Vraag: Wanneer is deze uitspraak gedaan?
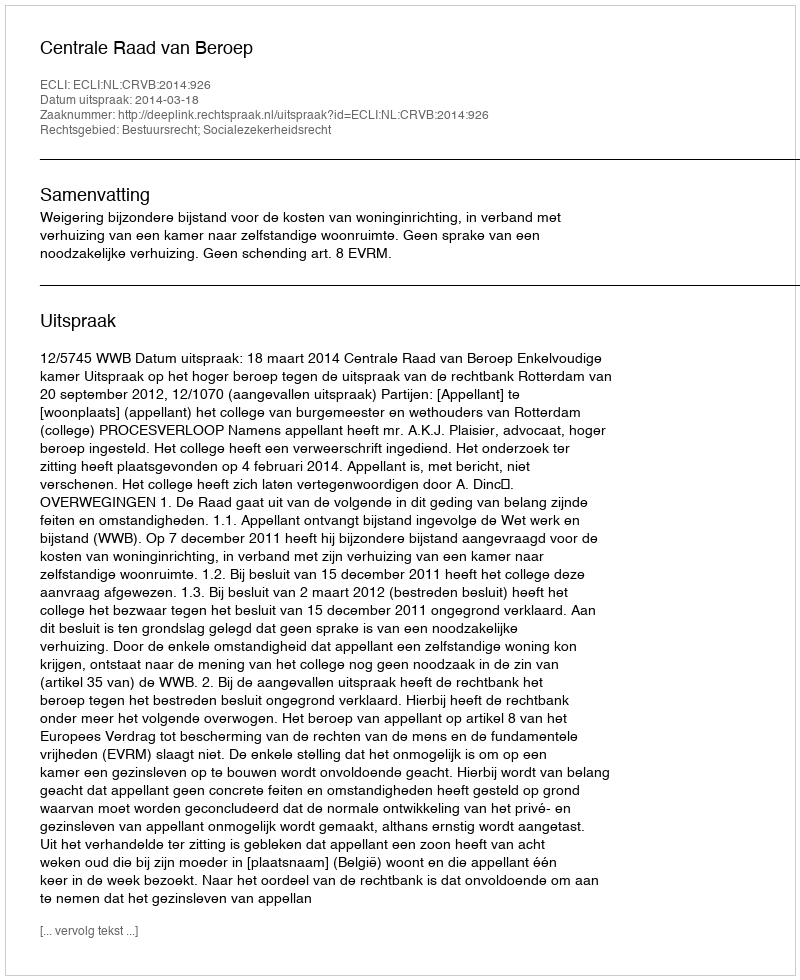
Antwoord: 2014-03-18